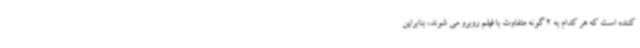
کننده است که هر کدام به 2 گونه متفاوت با فیلم روبرو می شوند، بنابراین